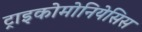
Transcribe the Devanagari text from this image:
ट्राइकोमोनियेसिस